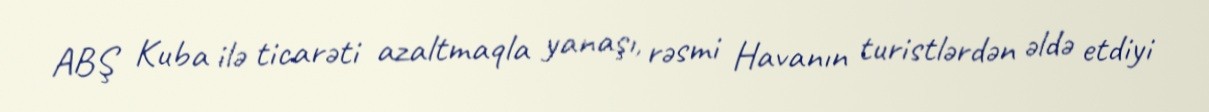
ABŞ Kuba ilə ticarəti azaltmaqla yanaşı, rəsmi Havanın turistlərdən əldə etdiyi